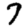
Digit: 7